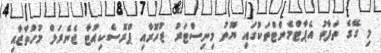
މި ގޭގެ ތަފާތު އެޕާޓްމެންޓްތަކުގައި ޔޫތު މިނިސްޓަރު ޒުހޫރާއި ޕްރޮސެކިއުޓާ ޖެނެރަލް މުހުތާޒާއި